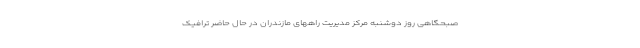
صبحگاهی روز دوشنبه مرکز مدیریت راههای مازندران در حال حاضر ترافیک